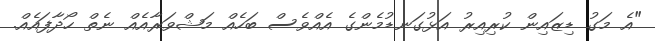
"އެ މަގު ޑިޒައިން ކުރިއިރު އަޅުގަނޑުމެންގެ އެއްވެސް ބަހެއް މަޝްވަރާއެއް ނެތް ހޯދާފައެއް.